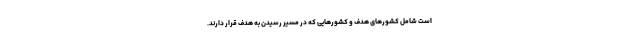
است شامل کشورهای هدف و کشورهایی که در مسیر رسیدن به هدف قرار دارند.